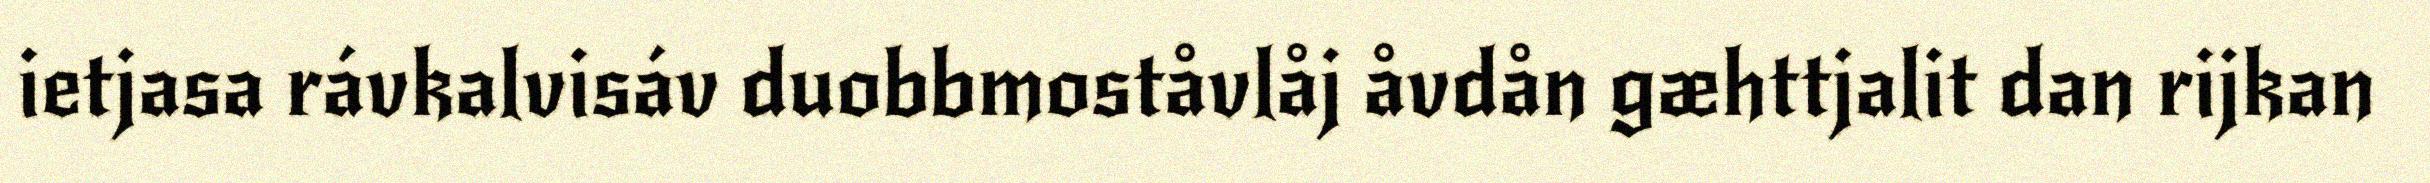
ietjasa rávkalvisáv duobbmoståvlåj åvdån gæhttjalit dan rijkan